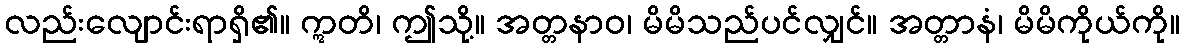
လည်းလျောင်းရာရှိ၏။ ဣတိ၊ ဤသို့။ အတ္တနာဝ၊ မိမိသည်ပင်လျှင်။ အတ္တာနံ၊ မိမိကိုယ်ကို။